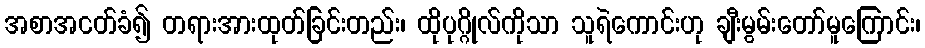
အစာအငတ်ခံ၍ တရားအားထုတ်ခြင်းတည်း၊ ထိုပုဂ္ဂိုလ်ကိုသာ သူရဲကောင်းဟု ချီးမွမ်းတော်မူကြောင်း၊